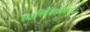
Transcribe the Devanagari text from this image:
सहनिर्देशकांमधील